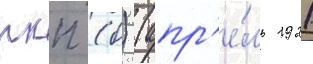
ркп (б) (апр'е́ль 1921